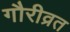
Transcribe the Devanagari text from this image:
गौरीव्रत